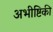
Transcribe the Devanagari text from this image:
अभीष्टिकी